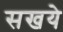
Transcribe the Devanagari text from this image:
सखये